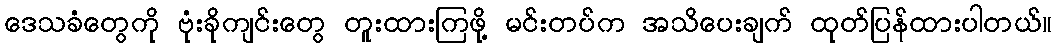
ဒေသခံတွေကို ဗုံးခိုကျင်းတွေ တူးထားကြဖို့ မင်းတပ်က အသိပေးချက် ထုတ်ပြန်ထားပါတယ်။